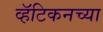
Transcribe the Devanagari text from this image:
व्हॅटिकनच्या